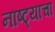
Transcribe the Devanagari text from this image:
नाष्ट्याचा